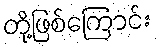
တို့ဖြစ်ကြောင်း